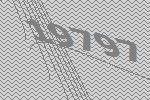
19797